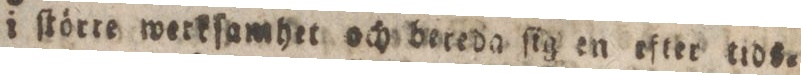
i ſtörre werkſamhet och bereda ſig en efter tids=